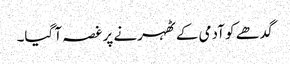
گدھے کو آدمی کے ٹھہرنے پر غصہ آ گیا۔